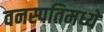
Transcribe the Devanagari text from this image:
वनस्पतिमध्ये